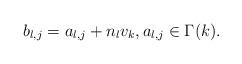
LaTeX: \begin{align*}b_{l,j}=a_{l,j}+n_{l}v_{k},a_{l,j}\in\Gamma(k).\end{align*}